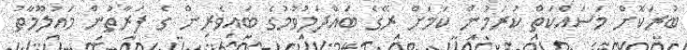
ބުރަކޮށް މަސައްކަތް ކުރަމުން ކަމަށް ރޭގެ ބައްދަލުވުމުގެ ބައިވެރިން ގެ ފަރާތުން މައުލޫމާތު